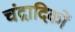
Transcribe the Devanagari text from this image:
चंद्रादिकों